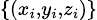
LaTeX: \scriptstyle\{ (x_{i},y_{i},z_{i})\}